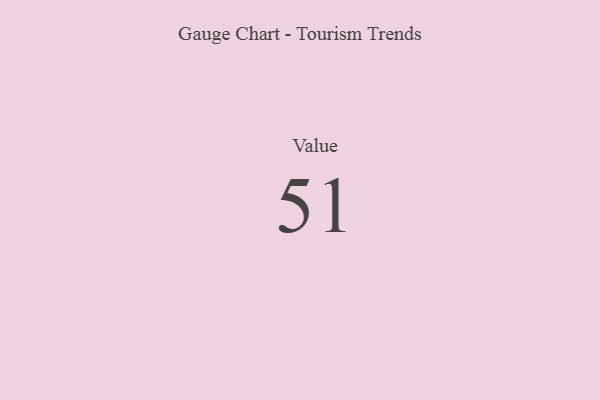
{"axis": {"x": "Metric", "y": "Value"}, "legend": [""], "data": [{"x": "Value", "y": 51, "type": ""}]}